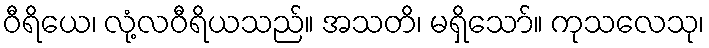
ဝီရိယေ၊ လုံ့လဝီရိယသည်။ အသတိ၊ မရှိသော်။ ကုသလေသု၊